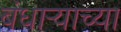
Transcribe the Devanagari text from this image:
बंधाऱ्याच्या